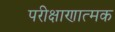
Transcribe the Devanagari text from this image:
परीक्षाणात्मक